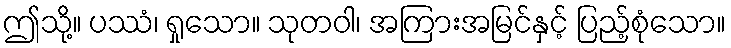
ဤသို့။ ပဿံ၊ ရှုသော။ သုတဝါ၊ အကြားအမြင်နှင့် ပြည့်စုံသော။